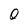
Character: O